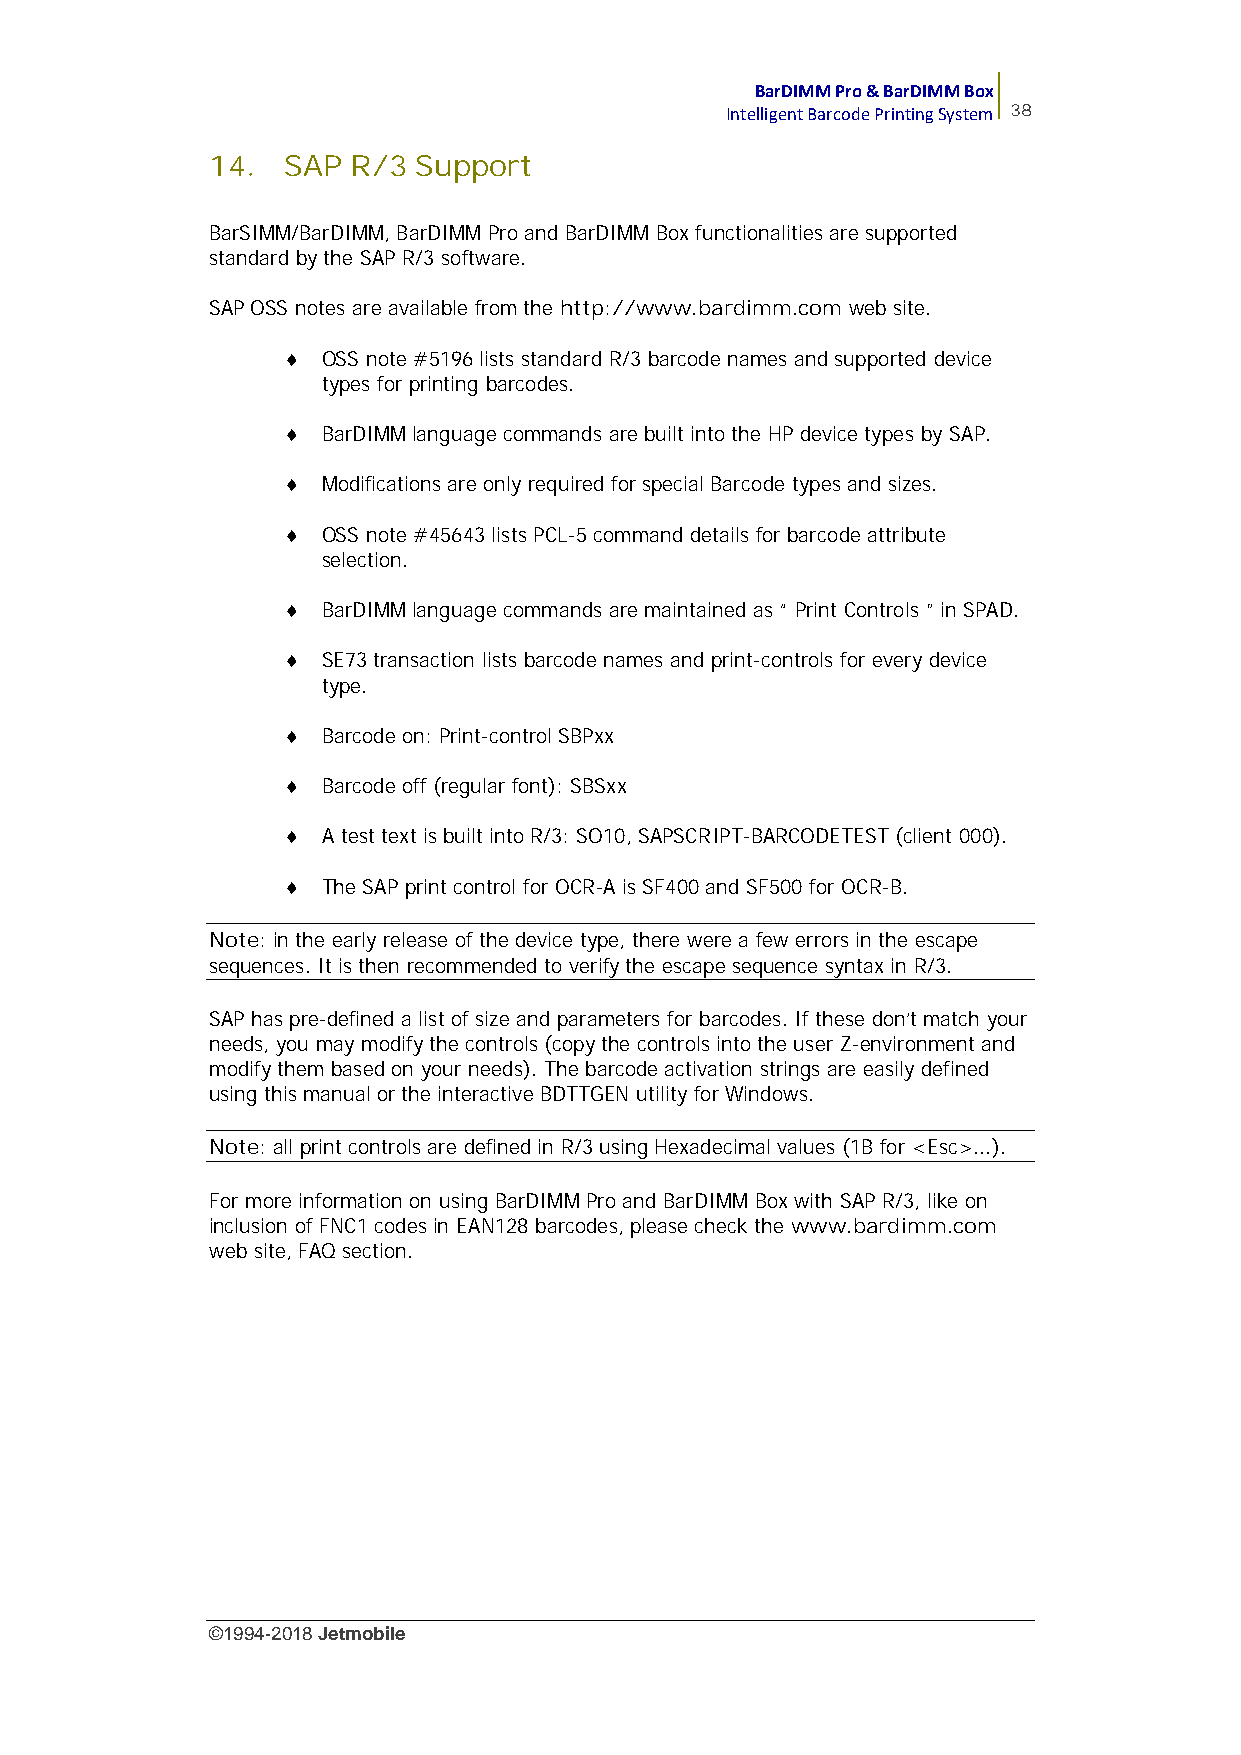
BarDIMM Pro & BarDIMM Box
 Intelligent Barcode Printing System 38
 14.  SAP R/3  Support
 BarSIMM/BarDIMM, BarDIMM Pro and BarDIMM Box functionalities are supported
 standard by the SAP R/3 software.
 SAP OSS notes are available from the http://www.bardimm.com web site.
  OSS note #5196 lists standard R/3 barcode names and supported device
 types for printing barcodes.
  BarDIMM language commands are built into the HP device types by SAP.
  Modifications are only required for special Barcode types and sizes.
  OSS note #45643 lists PCL-5 command details for barcode attribute
 selection.
  BarDIMM language commands are maintained as “ Print Controls ” in SPAD.
  SE73 transaction lists barcode names and print-controls for every device
 type.
  Barcode on: Print-control SBPxx
  Barcode off (regular font): SBSxx
  A test text is built into R/3: SO10, SAPSCRIPT-BARCODETEST (client 000).
  The SAP print control for OCR-A is SF400 and SF500 for OCR-B.
 Note: in the early release of the device type, there were a few errors in the escape
 sequences. It is then recommended to verify the escape sequence syntax in R/3.
 SAP has pre-defined a list of size and parameters for barcodes. If these don’t match your
 needs, you may modify the controls (copy the controls into the user Z-environment and
 modify them based on your needs). The barcode activation strings are easily defined
 using this manual or the interactive BDTTGEN utility for Windows.
 Note: all print controls are defined in R/3 using Hexadecimal values (1B for <Esc>...).
 For more information on using BarDIMM Pro and BarDIMM Box with SAP R/3, like on
 inclusion of FNC1 codes in EAN128 barcodes, please check the www.bardimm.com
 web site, FAQ section.
 ©1994-2018Jetmobile
 E
 r
 r
 o